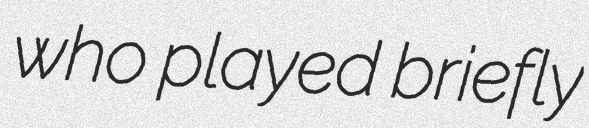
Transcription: who played briefly